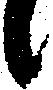
候